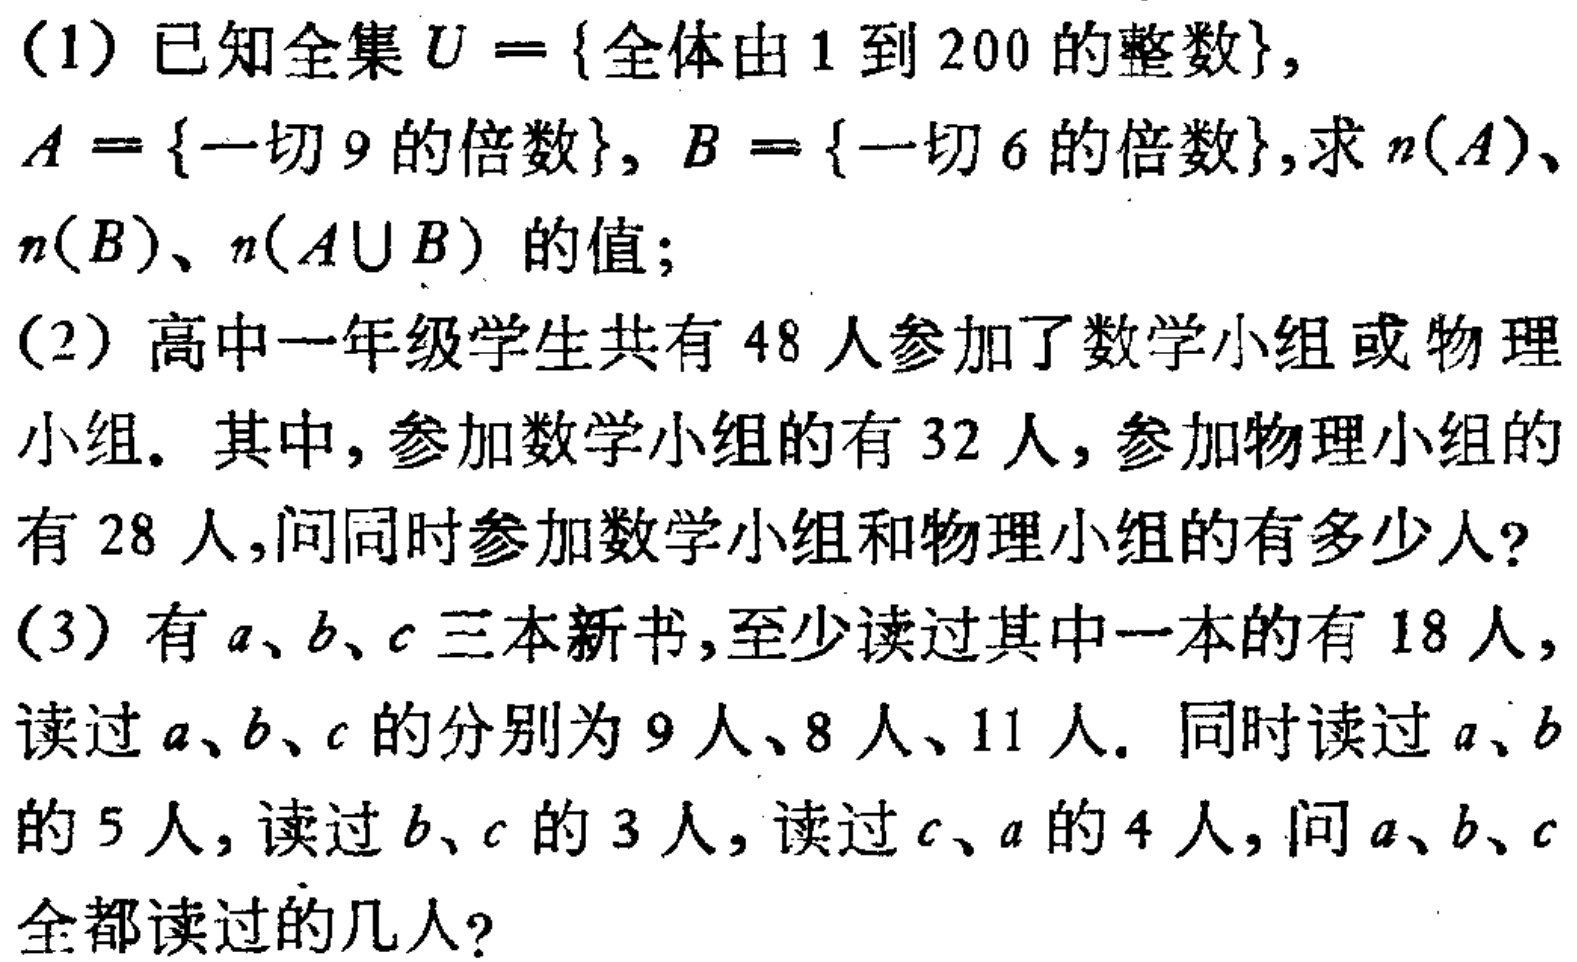
（1）已知全集\(U = \{全体由1到200的整数\}\)，\(A = \{一切9的倍数\}\)，\(B = \{一切6的倍数\}\)，求\(n(A)\)、\(n(B)\)、\(n(A\cup B)\)的值；

（2）高中一年级学生共有48人参加了数学小组或物理小组。其中，参加数学小组的有32人，参加物理小组的有28人，问同时参加数学小组和物理小组的有多少人？

（3）有\(a\)、\(b\)、\(c\)三本新书，至少读过其中一本的有18人，读过\(a\)、\(b\)、\(c\)的分别为9人、8人、11人。同时读过\(a\)、\(b\)的5人，读过\(b\)、\(c\)的3人，读过\(c\)、\(a\)的4人，问\(a\)、\(b\)、\(c\)全都读过的几人？